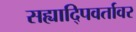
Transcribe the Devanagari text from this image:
सह्यादि्पवर्तावर